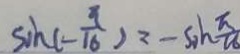
\sin ( - \frac { \pi } { 1 6 } ) = - \sin \frac { \pi } { 1 6 }